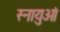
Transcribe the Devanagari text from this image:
स्‍नायुओं